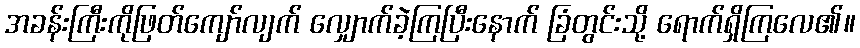
အခန်းကြီးကိုဖြတ်ကျော်လျက် လျှောက်ခဲ့ကြပြီးနောက် ခြံတွင်းသို့ ရောက်ရှိကြလေ၏။